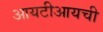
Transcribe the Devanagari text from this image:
आयटीआयची